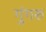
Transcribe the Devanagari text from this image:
गुंगरु